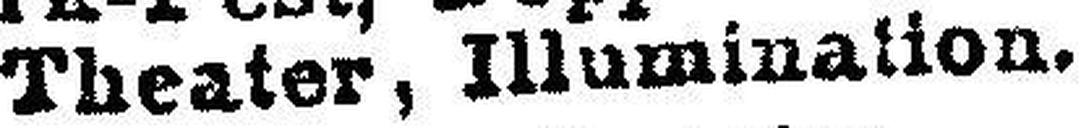
Theater, Illumination.